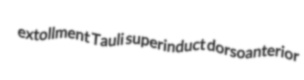
extollment Tauli superinduct dorsoanterior